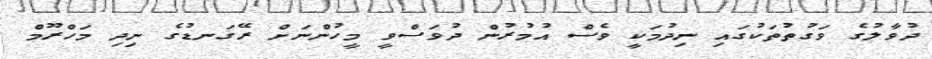
ދުވާލުގެ ވަގުތުތަކުގައި ނިދުމަކީ ވެސް އުމުރުން ދުވަސްވީ މީހުންނަށް ރޭގަނޑުގެ ނިދި މަހްރޫމް